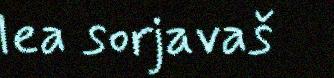
lea sorjavaš